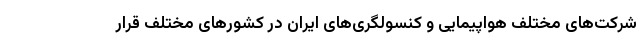
شرکت‌های مختلف هواپیمایی و کنسولگری‌های ایران در کشورهای مختلف قرار